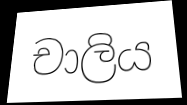
චාලිය